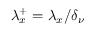
{ \lambda } _ { x } ^ { + } = { \lambda } _ { x } / \delta _ { \nu }